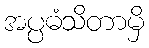
အပ္ပဓံသိတာမှိ